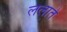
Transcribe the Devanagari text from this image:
ललाते